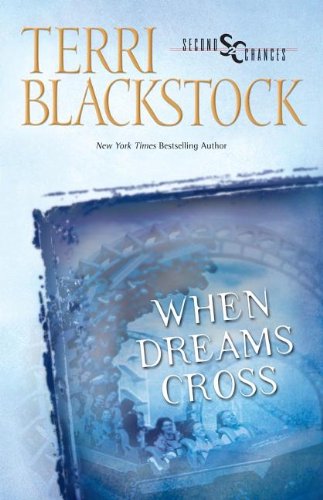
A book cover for When Dreams Cross (Second Chances Series #2); Terri Blackstock; Romance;